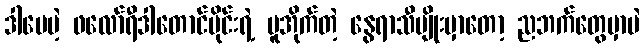
ဒါပေမဲ့ ဖလော်ရီဒါတောင်ပိုင်းရဲ့ ပူအိုက်တဲ့ နွေရာသီမျိုးမှာတော့ ညဘက်တွေမှာပဲ